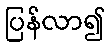
ပြန်လာ၍